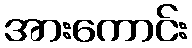
အားကောင်း